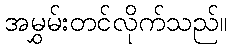
အမွှမ်းတင်လိုက်သည်။